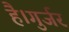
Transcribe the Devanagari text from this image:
है।गुर्जर